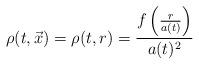
LaTeX: \begin{align*}\rho(t,\vec{x})=\rho(t,r)=\frac{f\left( \frac{r}{a(t)}\right) }{a(t)^{2}}\end{align*}